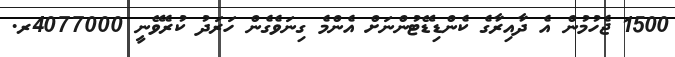
1500 ޖެހުމުން އެ ދާއިރާގެ ކެންޑިޑޭޓުންނަށް އެންމެ ގިނަވެގެން ހަރަދު ކުރެވޭނީ 4077000ރ.